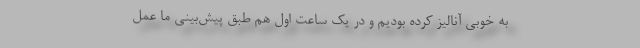
به خوبی آنالیز کرده بودیم و در یک ساعت اول هم طبق پیش‌بینی ما عمل